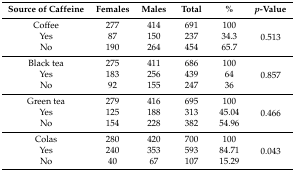
<table><thead><tr><td><b>Source of Caffeine</b></td><td><b>Females</b></td><td><b>Males</b></td><td><b>Total</b></td><td><b>%</b></td><td><b><i>p</i>-Value</b></td></tr></thead><tbody><tr><td>Coffee</td><td>277</td><td>414</td><td>691</td><td>100</td><td rowspan="3">0.513</td></tr><tr><td>Yes</td><td>87</td><td>150</td><td>237</td><td>34.3</td></tr><tr><td>No</td><td>190</td><td>264</td><td>454</td><td>65.7</td></tr><tr><td>Black tea</td><td>275</td><td>411</td><td>686</td><td>100</td><td rowspan="3">0.857</td></tr><tr><td>Yes</td><td>183</td><td>256</td><td>439</td><td>64</td></tr><tr><td>No</td><td>92</td><td>155</td><td>247</td><td>36</td></tr><tr><td>Green tea</td><td>279</td><td>416</td><td>695</td><td>100</td><td rowspan="3">0.466</td></tr><tr><td>Yes</td><td>125</td><td>188</td><td>313</td><td>45.04</td></tr><tr><td>No</td><td>154</td><td>228</td><td>382</td><td>54.96</td></tr><tr><td>Colas</td><td>280</td><td>420</td><td>700</td><td>100</td><td rowspan="3">0.043</td></tr><tr><td>Yes</td><td>240</td><td>353</td><td>593</td><td>84.71</td></tr><tr><td>No</td><td>40</td><td>67</td><td>107</td><td>15.29</td></tr></tbody></table>